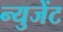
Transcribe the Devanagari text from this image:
न्युजेंट